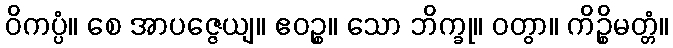
ဝိကပ္ပံ။ စေ အာပဇ္ဇေယျ။ ဧဝဉ္စ။ သော ဘိက္ခု။ ဝတွာ။ ကိဉ္စိမတ္တံ။